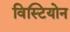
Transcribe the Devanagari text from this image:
विस्टियोन